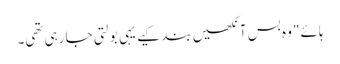
ہائے" وہ بس آنکھیں بند کیے یہی بولتی جا رہی تھی۔